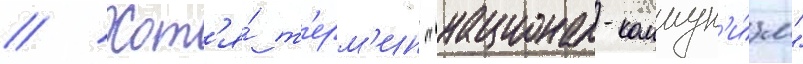
// Хот'я́ т'ерм'ин "национал-коммун'и́зм"